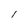
Character: l